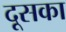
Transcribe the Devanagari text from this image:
दूसका